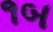
૧બ